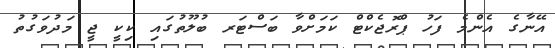
އޭނާގެ އެންމެ ފަހު ޕްރޮޖެކްޓް ކަމަށްވާ ބަސްޓަރ ބުލޫތުގައި ކިކީ ޖީ މަދުވަގުތު